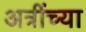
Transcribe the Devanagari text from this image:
अत्रींच्या